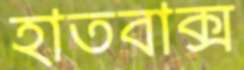
হাতবাক্স